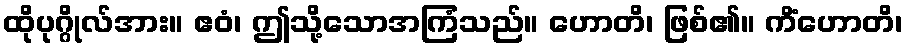
ထိုပုဂ္ဂိုလ်အား။ ဧဝံ၊ ဤသို့သောအကြံသည်။ ဟောတိ၊ ဖြစ်၏။ ကိံဟောတိ၊